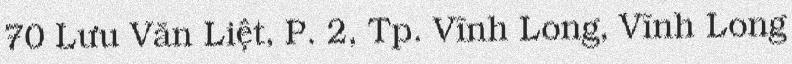
70 Lưu Văn Liệt, P. 2, Tp. Vĩnh Long, Vĩnh Long